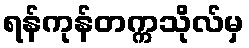
ရန်ကုန်တက္ကသိုလ်မှ